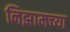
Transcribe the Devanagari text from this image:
निझामच्या